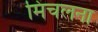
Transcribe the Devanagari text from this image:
मिचलना